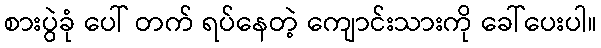
စားပွဲခုံ ပေါ် တက် ရပ်နေတဲ့ ကျောင်းသားကို ခေါ်ပေးပါ။